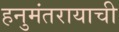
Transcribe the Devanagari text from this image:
हनुमंतरायाची